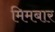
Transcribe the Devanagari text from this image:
मिमबार